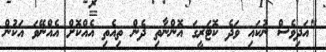
"އަދިވެސް ނުކައި ވަދެ ކޮޓަރީގަ އޮންނާތި ދެން ތިއެތި އެއްކޮށް އެއްނޭވަ އަކުން